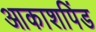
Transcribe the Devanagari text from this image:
आकाशपिंड